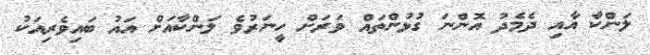
ލަންކާ އާއި ދެމެދު އޮންނަ ގުޅުންތައް ވަރަށް ހީނަރުވެ ލަންކާއަށް އައު ބައިވެރިއަކު